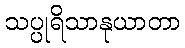
သပ္ပုရိသာနုယာတာ